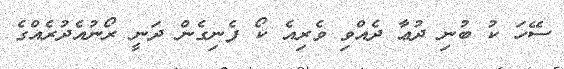
ސޭހަ ކު ބުުނި ދުޢާ ދެއްވި ވެރިއެ ކޯ ފެނިގެން ދަނީ ރޯނުއެދުރެއްގެ